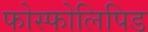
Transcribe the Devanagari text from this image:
फोस्फोलिपिड